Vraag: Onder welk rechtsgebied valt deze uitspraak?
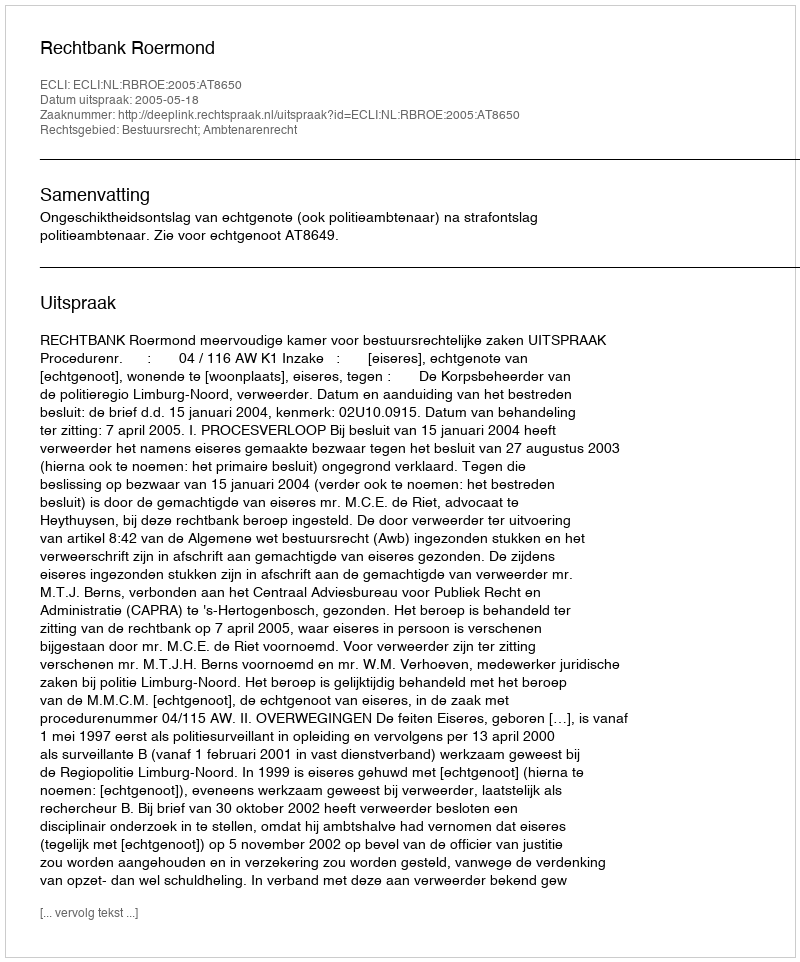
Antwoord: Bestuursrecht; Ambtenarenrecht